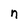
Character: n